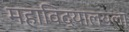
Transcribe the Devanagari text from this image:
महाविद्यालयला